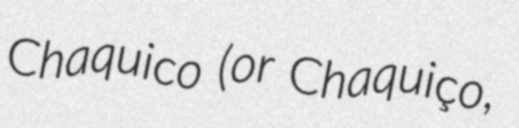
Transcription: Chaquico (or Chaquiço,